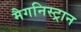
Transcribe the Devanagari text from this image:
मैगनिस्ट्रान